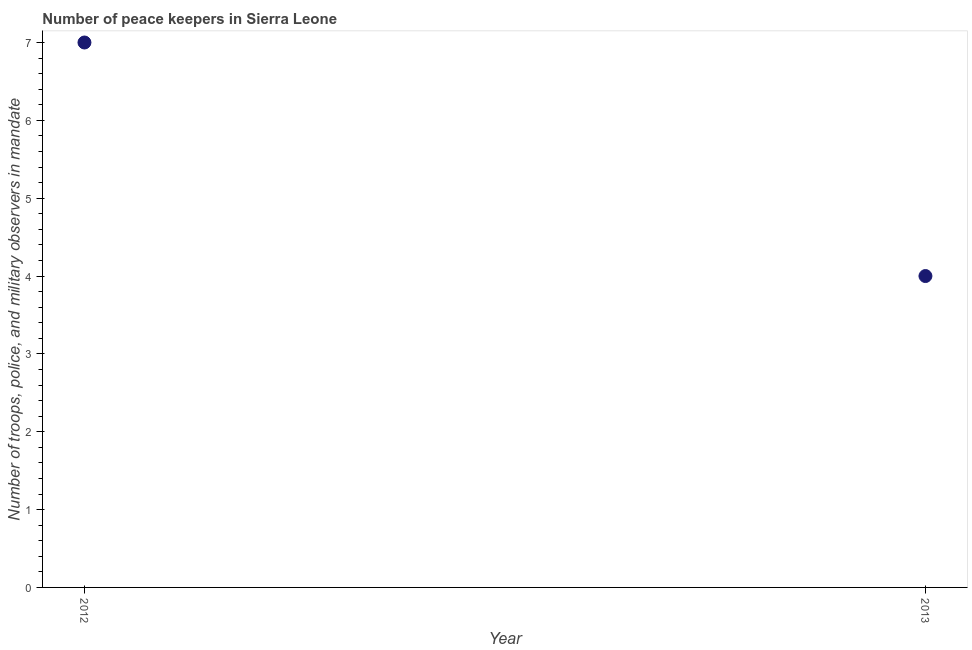
| Year | Presence of peace keepers |
 | --- | --- |
 | 2012 | 7 |
 | 2013 | 4 |